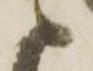
申